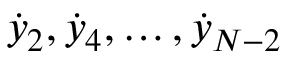
{ \dot { y } } _ { 2 } , { \dot { y } } _ { 4 } , \dots , { \dot { y } } _ { N - 2 }